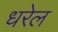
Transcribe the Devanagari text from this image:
धरेल